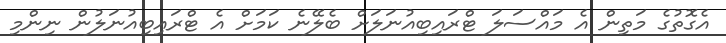
އެގޮތުގެ މަތިން އެ މައްސަލަ ޓްރައިބިއުނަލަށް ބެލޭނެ ކަމަށް އެ ޓްރައިބިއުނަލުން ނިންމި